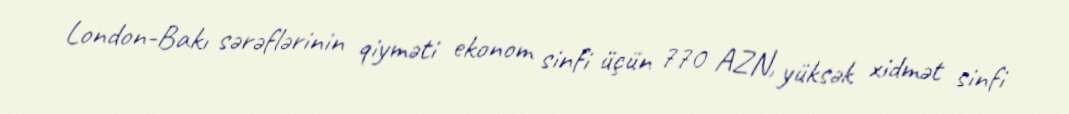
London-Bakı sərəflərinin qiyməti ekonom sinfi üçün 770 AZN, yüksək xidmət sinfi